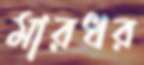
মারধর